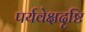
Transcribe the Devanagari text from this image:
पर्यवेक्षदृष्टि